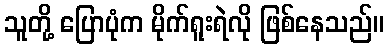
သူတို့ ပြောပုံက မိုက်ရူးရဲလို ဖြစ်နေသည်။